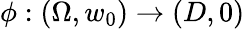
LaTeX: \phi:(\Omega,w_{0})\to(D,0)